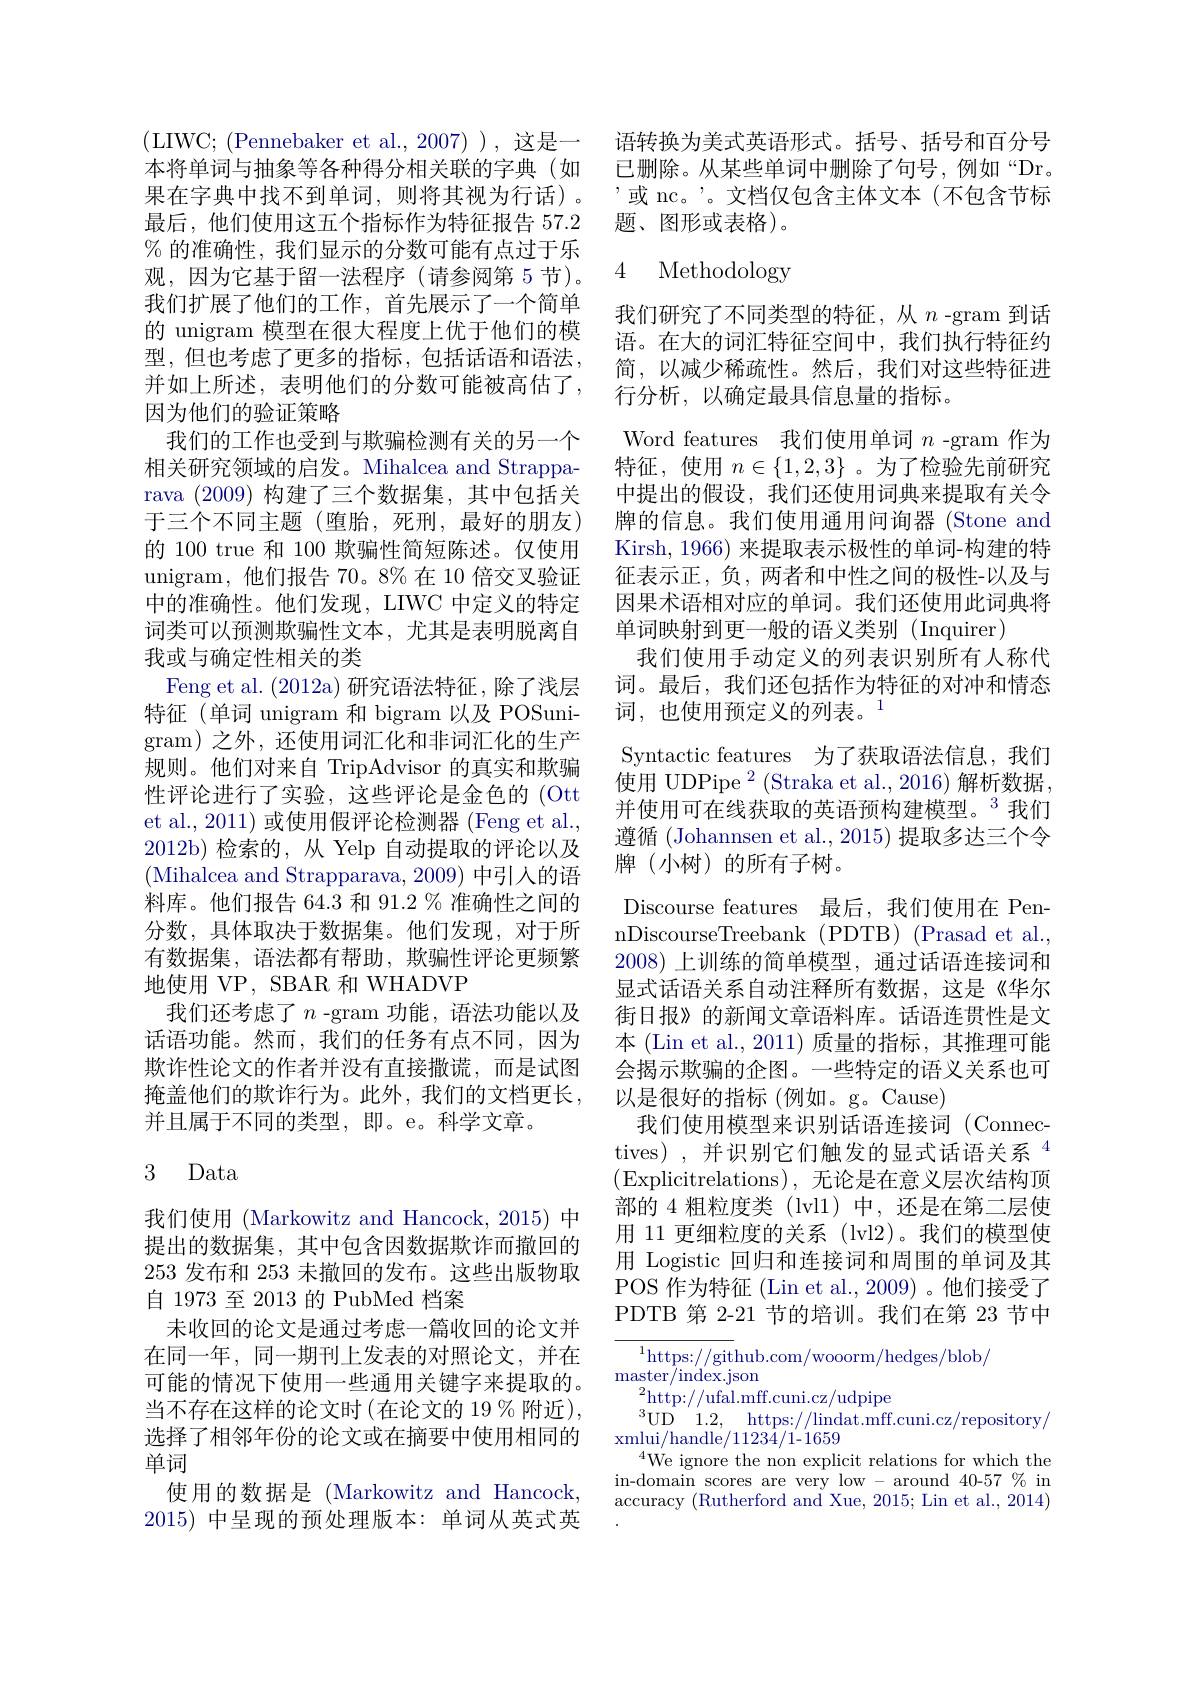
果在字典中找不到单词，则将其视为行话)。最后，他们使用这五个指标作为特征报告 57.2 % 的准确性，我们显示的分数可能有点过于乐观，因为它基于留一法程序(请参阅第 5 节)。我们扩展了他们的工作，首先展示了一个简单的 unigram 模型在很大程度上优于他们的模型，但也考虑了更多的指标，包括话语和语法， 并如上所述，表明他们的分数可能被高估了， 因为他们的验证策略
我们的工作也受到与欺骗检测有关的另一个相关研究领域的启发。Mihalcea and Strapparava (2009)构建了三个数据集，其中包括关于三个不同主题(堕胎，死刑，最好的朋友) 的 100 true 和 100 欺骗性简短陈述。仅使用unigram,他们报告 70。8% 在 10 倍交叉验证中的准确性。他们发现，LIWC 中定义的特定词类可以预测欺骗性文本，尤其是表明脱离自我或与确定性相关的类
Feng et al. (2012a) 研究语法特征，除了浅层特征(单词 unigram 和 bigram 以及 POSunigram)之外，还使用词汇化和非词汇化的生产规则。他们对来自 TripAdvisor 的真实和欺骗性评论进行了实验，这些评论是金色的 (Ott et al., 2011) 或使用假评论检测器 (Feng et al., 2012b)检索的，从 Yelp 自动提取的评论以及(Mihalcea and Strapparava, 2009) 中引入的语料库。他们报告 64.3 和 91.2 % 准确性之间的分数，具体取决于数据集。他们发现，对于所有数据集，语法都有帮助，欺骗性评论更频繁地使用 VP, SBAR 和 WHADVP
我们还考虑了$n$ -gram 功能，语法功能以及话语功能。然而，我们的任务有点不同，因为欺诈性论文的作者并没有直接撒谎，而是试图掩盖他们的欺诈行为。此外，我们的文档更长， 并且属于不同的类型，即。e。科学文章。

## 3 Data

我们使用 (Markowitz and Hancock, 2015) 中提出的数据集，其中包含因数据欺诈而撤回的253发布和 253 未撤回的发布。这些出版物取自1973 至 2013 的 PubMed 档案
未收回的论文是通过考虑一篇收回的论文并在同一年，同一期刊上发表的对照论文，并在可能的情况下使用一些通用关键字来提取的。当不存在这样的论文时(在论文的 19 % 附近), 选择了相邻年份的论文或在摘要中使用相同的单词
使用的数据是 (Markowitz and Hancock, 2015)中呈现的预处理版本：单词从英式英

$(LIWC;(Pennebaker et al.,2007))$,这是一 语转换为美式英语形式。括号、括号和百分号本将单词与抽象等各种得分相关联的字典(如 已删除。从某些单词中删除了句号，例如“Dr。
,或 nc。'。文档仅包含主体文本(不包含节标
题、图形或表格)。

4 Methodologv

我们研究了不同类型的特征，从$n$ -gram 到话语。在大的词汇特征空间中，我们执行特征约简，以减少稀疏性。然后，我们对这些特征进行分析，以确定最具信息量的指标。
Word features 我们使用单词$n$ -gram 作为特征，使用$n\in\{1,2,3\}$ 。为了检验先前研究中提出的假设，我们还使用词典来提取有关令牌的信息。我们使用通用问询器(Stone and Kirsh, 1966) 来提取表示极性的单词-构建的特征表示正，负，两者和中性之间的极性-以及与因果术语相对应的单词。我们还使用此词典将单词映射到更一般的语义类别 (Inquirer)
我们使用手动定义的列表识别所有人称代词。最后，我们还包括作为特征的对冲和情态词，也使用预定义的列表。$^{1}$
Syntactic features 为了获取语法信息，我们使用 UDPipe $^2$ (Straka et al.,2016)解析数据， 并使用可在线获取的英语预构建模型。$^{3}$我们遵循 (Johannsen et al., 2015) 提取多达三个令牌(小树)的所有子树。
Discourse features 最后，我们使用在 PennDiscourseTreebank (PDTB) (Prasad et al., 2008)上训练的简单模型，通过话语连接词和显式话语关系自动注释所有数据，这是《华尔街日报》的新闻文章语料库。话语连贯性是文本 (Lin et al.,2011)质量的指标，其推理可能会揭示欺骗的企图。一些特定的语义关系也可以是很好的指标(例如。g。Cause)
我们使用模型来识别话语连接词(Connectives),并识别它们触发的显式话语关系$^{4}$ (Explicitrelations),无论是在意义层次结构顶部的 4 粗粒度类 (lvl1) 中，还是在第二层使用 11 更细粒度的关系 (lvl2)。我们的模型使用 Logistic 回归和连接词和周围的单词及其POS 作为特征 (Lin et al., 2009)。他们接受了PDTB 第 2-21 节的培训。我们在第 23 节中
$^{1}$https://github.com/wooorm/hedges/blob/
$\operatorname*{master}/\operatorname*{index.json}$

$^2$http://ufal.mff.cuni.cz/udpipe
UD 1.2, https: / / lindat. mff. cuni. cz/ repository/
xmlui/handle$/1123\hat{4}/1$-1659
$^{4}$We ignore the non explicit relations for which the in-domain scores are very low - around 40-57 % in accuracy (Rutherford and Xue, 2015; Lin et al., 2014)